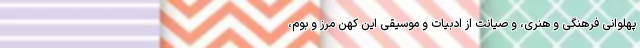
پهلوانی فرهنگی و هنری، و صیانت از ادبیات و موسیقی این کهن‌ مرز و بوم،